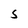
Character: S